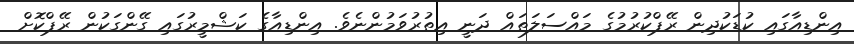
އިންޑިއާގައި ކުޑަކުދިން ރޭޕްކުރުމުގެ މައްސަލަތައް ދަނީ އިތުރުވަމުންނެވެ. އިންޑިއާގެ ކަޝްމީރުގައި ގޭންގަކުން ރޭޕްކޮށް